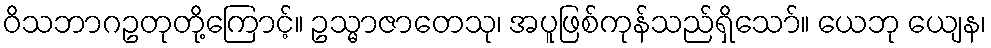
ဝိသဘာဂဥတုတို့ကြောင့်။ ဥသ္မာဇာတေသု၊ အပူဖြစ်ကုန်သည်ရှိသော်။ ယေဘု ယျေန၊